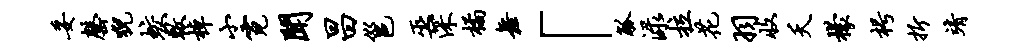
妥罄猊蛟敕棹小霓闻昌邕巫深橘舞「觚渌拉花羽收夭檬枵折靖